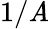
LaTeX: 1/\mathit{A}